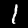
Label: 1